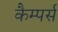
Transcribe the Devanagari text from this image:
कैम्पर्स